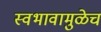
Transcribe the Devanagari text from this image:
स्वभावामुळेच